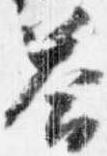
答